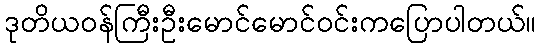
ဒုတိယဝန်ကြီးဦးမောင်မောင်ဝင်းကပြောပါတယ်။